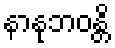
နာနုဘဝန္တိ